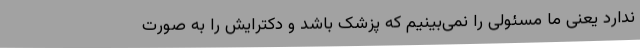
ندارد یعنی ما مسئولی را نمی‌بینیم که پزشک باشد و دکترایش را به صورت